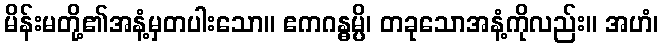
မိန်းမတို့၏အနံ့မှတပါးသော။ ဧကဂန္ဓမ္ပိ၊ တခုသောအနံ့ကိုလည်း။ အဟံ၊